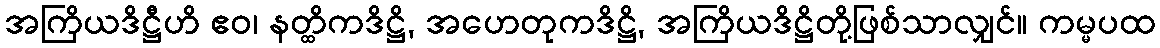
အကြိယဒိဋ္ဌီဟိ ဧဝ၊ နတ္ထိကဒိဋ္ဌိ, အဟေတုကဒိဋ္ဌိ, အကြိယဒိဋ္ဌိတို့ဖြစ်သာလျှင်။ ကမ္မပထ